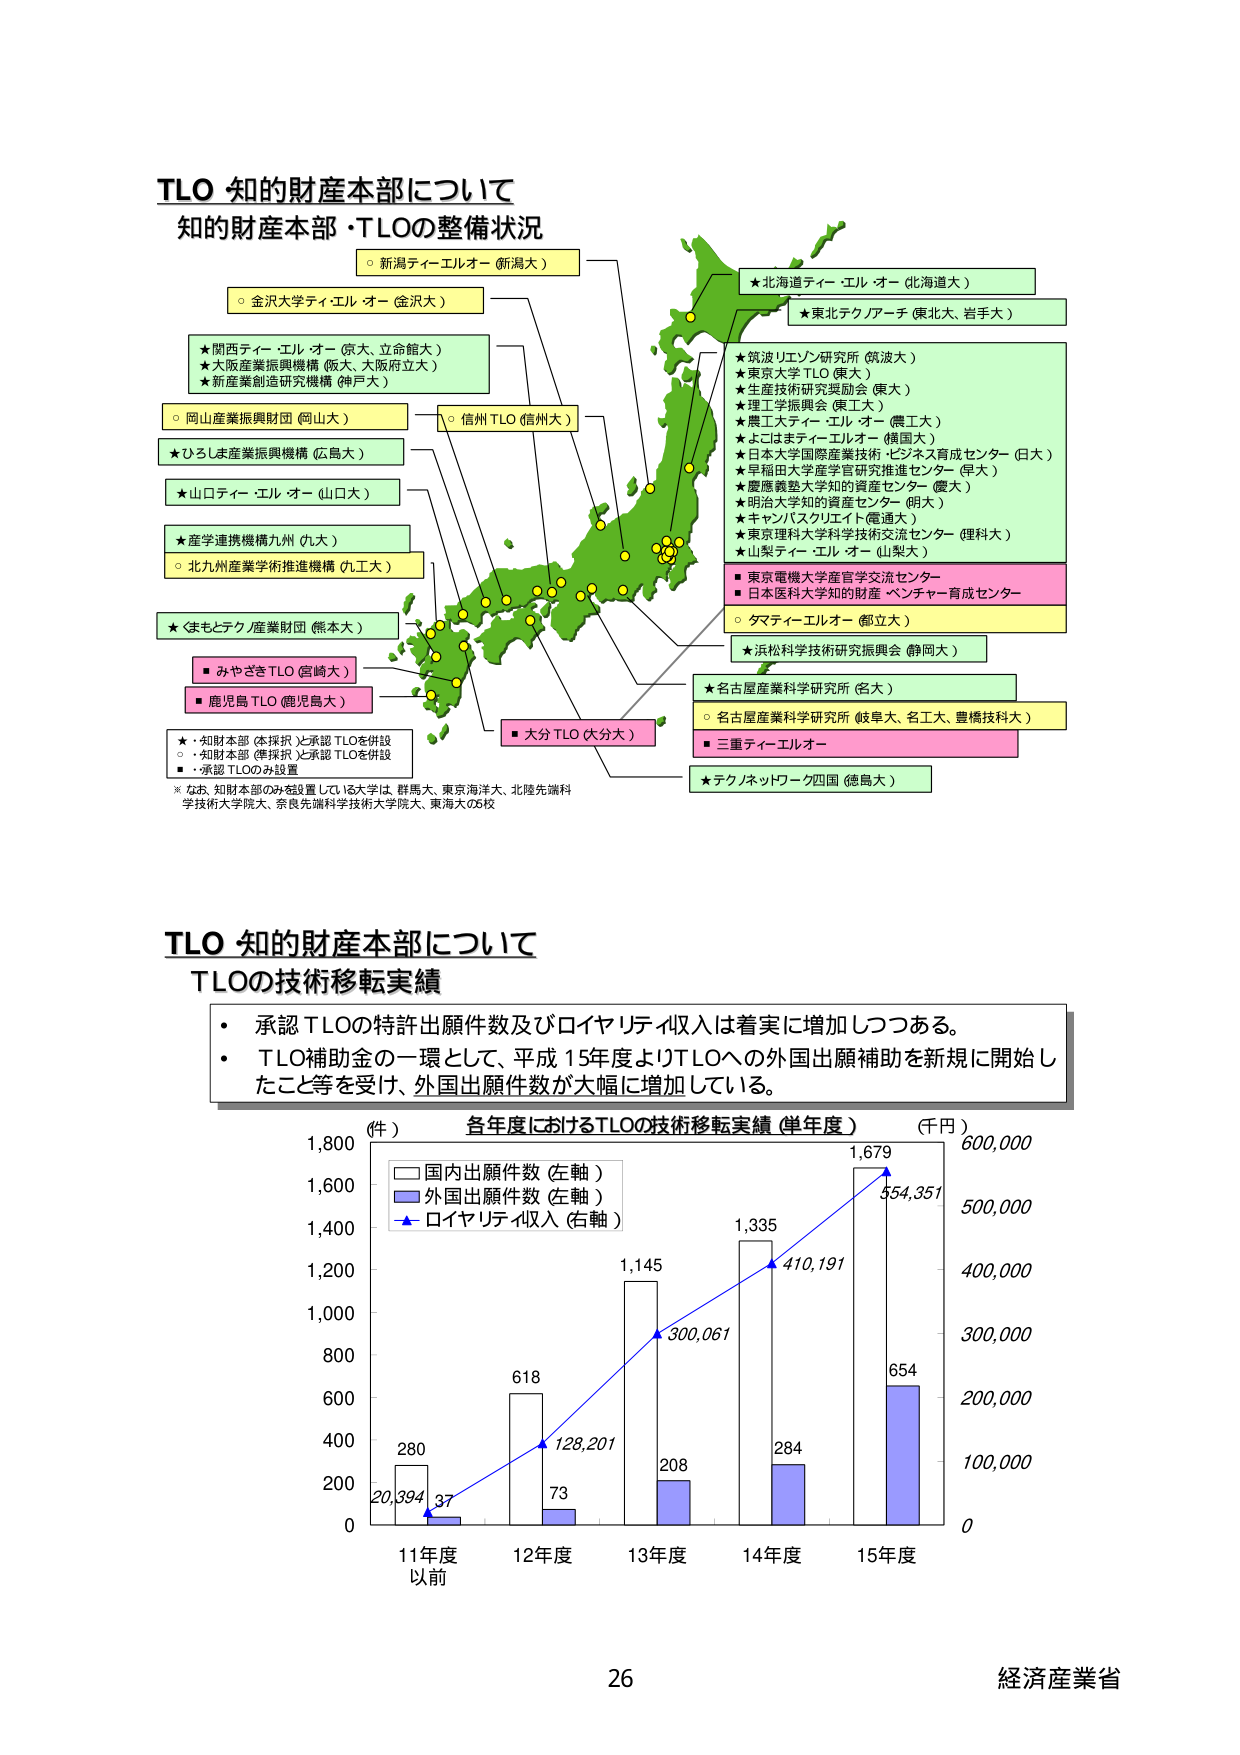
TLO 知的財産本部について
知的財産本部・TLOの整備状況

○ 新潟ティーエルオー（新潟大）
○ 金沢大学ティーエルオー（金沢大）
★ 関西ティーエルオー（京大、立命館大）
★ 大阪産業振興機構（阪大、大阪府立大）
★ 新産業創造研究機構（神戸大）
○ 岡山産業振興財団（岡山大）
★ ひろしま産業振興機構（広島大）
★ 山口ティーエルオー（山口大）
★ 産学連携機構九州（九大）
○ 北九州産業学術推進機構（九工大）
★ まもとテクノ産業財団（熊本大）
■ みやざきTLO（宮崎大）
■ 鹿児島TLO（鹿児島大）
★・知財本部（本採択）と承認TLOを併設
○・知財本部（準採択）と承認TLOを併設
■・承認TLOのみ設置
※ なお、知財本部のみを設置している大学は、群馬大、東京海洋大、北陸先端科学技術大学院大、奈良先端科学技術大学院大、東海大の5校

★ 北海道ティーエルオー（北海道大）
★ 東北テクノアーチ（東北大、岩手大）
★ 筑波リエゾン研究所（筑波大）
★ 東京大学TLO（東大）
★ 生産技術研究奨励会（東工大）
★ 理工学振興会（東工大）
★ 農工大ティーエルオー（農工大）
★ よこはまティーエルオー（横国大）
★ 日本大学国際産業技術・ビジネス育成センター（日大）
★ 早稲田大学産学官研究推進センター（早大）
★ 慶應義塾大学知的資産センター（慶大）
★ 明治大学知的資産センター（明大）
★ キャンパスクリエイト（電通大）
★ 東京理科大学科学技術交流センター（理科大）
★ 山梨ティーエルオー（山梨大）
■ 東京電機大学産官学交流センター
■ 日本医科大学知的財産・ベンチャー育成センター
○ ダマティーエルオー（都立大）
★ 浜松科学技術研究振興会（静岡大）
★ 名古屋産業科学研究所（名大）
○ 名古屋産業科学研究所（岐阜大、名工大、豊橋技科大）
■ 三重ティーエルオー
★ テクノネットワーク四国（徳島大）

TLO 知的財産本部について
TLOの技術移転実績

・ 承認TLOの特許出願件数及びロイヤリティ収入は着実に増加しつつある。
・ TLO補助金の一環として、平成15年度よりTLOへの外国出願補助を新規に開始したこ等を受け、外国出願件数が大幅に増加している。

（件） 各年度におけるTLOの技術移転実績（単年度） （千円）
□ 国内出願件数（左軸）
■ 外国出願件数（左軸）
▲ ロイヤリティ収入（右軸）

1,800
1,600
1,400
1,200
1,000
800
600
400
200
0

600,000
500,000
400,000
300,000
200,000
100,000
0

11年度 以前
280
20,394
37

12年度
618
128,201
73

13年度
1,145
300,061
208

14年度
1,335
410,191
284

15年度
1,679
554,351
654

26
経済産業省